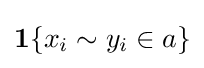
\mathbf {1} \{x_{i}\sim y_{i}\in a\}